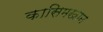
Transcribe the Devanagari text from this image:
कासिमखान